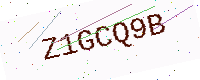
Text: Z1GCQ9B